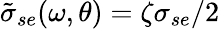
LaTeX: \tilde{\sigma}_{se}(\omega,\theta)=\zeta\sigma_{se}/2